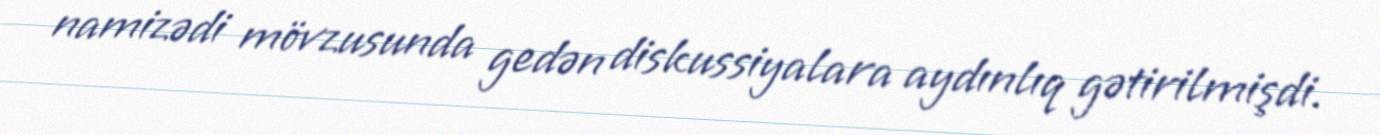
namizədi mövzusunda gedən diskussiyalara aydınlıq gətirilmişdi.